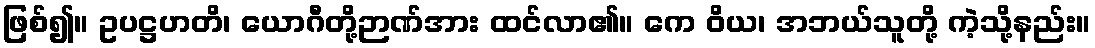
ဖြစ်၍။ ဥပဋ္ဌဟတိ၊ ယောဂီတို့ဉာဏ်အား ထင်လာ၏။ ကေ ဝိယ၊ အဘယ်သူတို့ ကဲ့သို့နည်း။